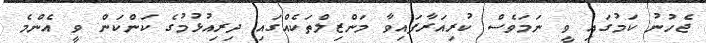
ޖެހުނު ކަމުގައި ވީ ނަމަވެސް ކުރިއަރާފައިވާ މަންޒިލްތަކެއްގައި ދިރިއުޅުމުގެ ކަންކަން ވީ އެންމެ